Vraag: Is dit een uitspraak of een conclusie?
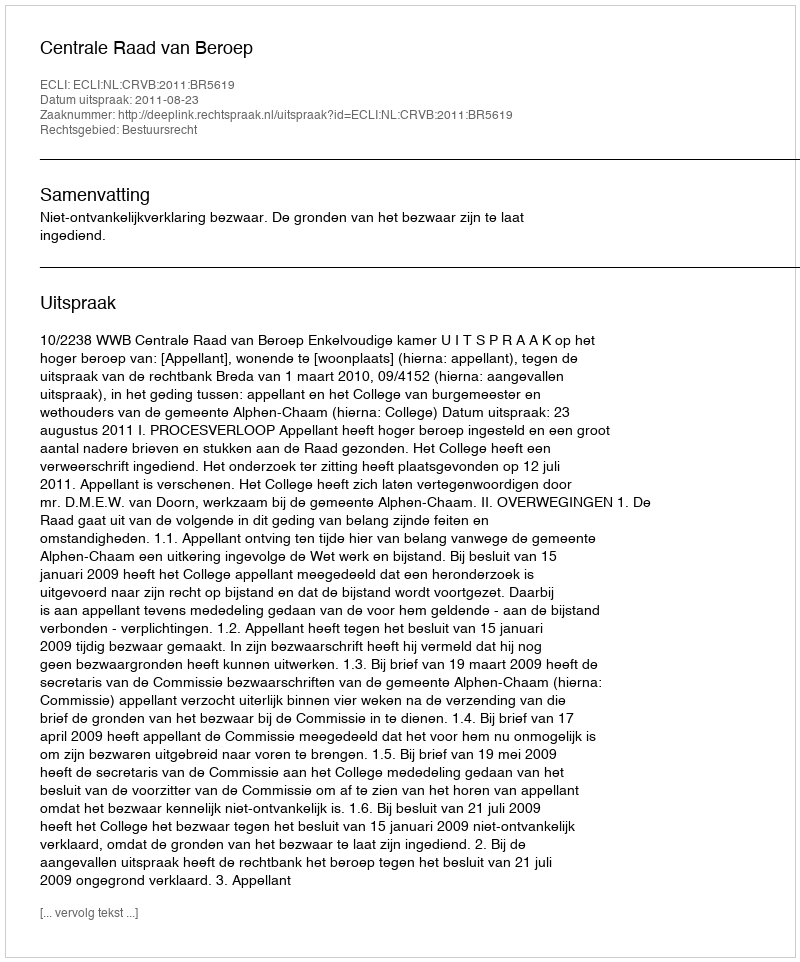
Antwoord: Uitspraak